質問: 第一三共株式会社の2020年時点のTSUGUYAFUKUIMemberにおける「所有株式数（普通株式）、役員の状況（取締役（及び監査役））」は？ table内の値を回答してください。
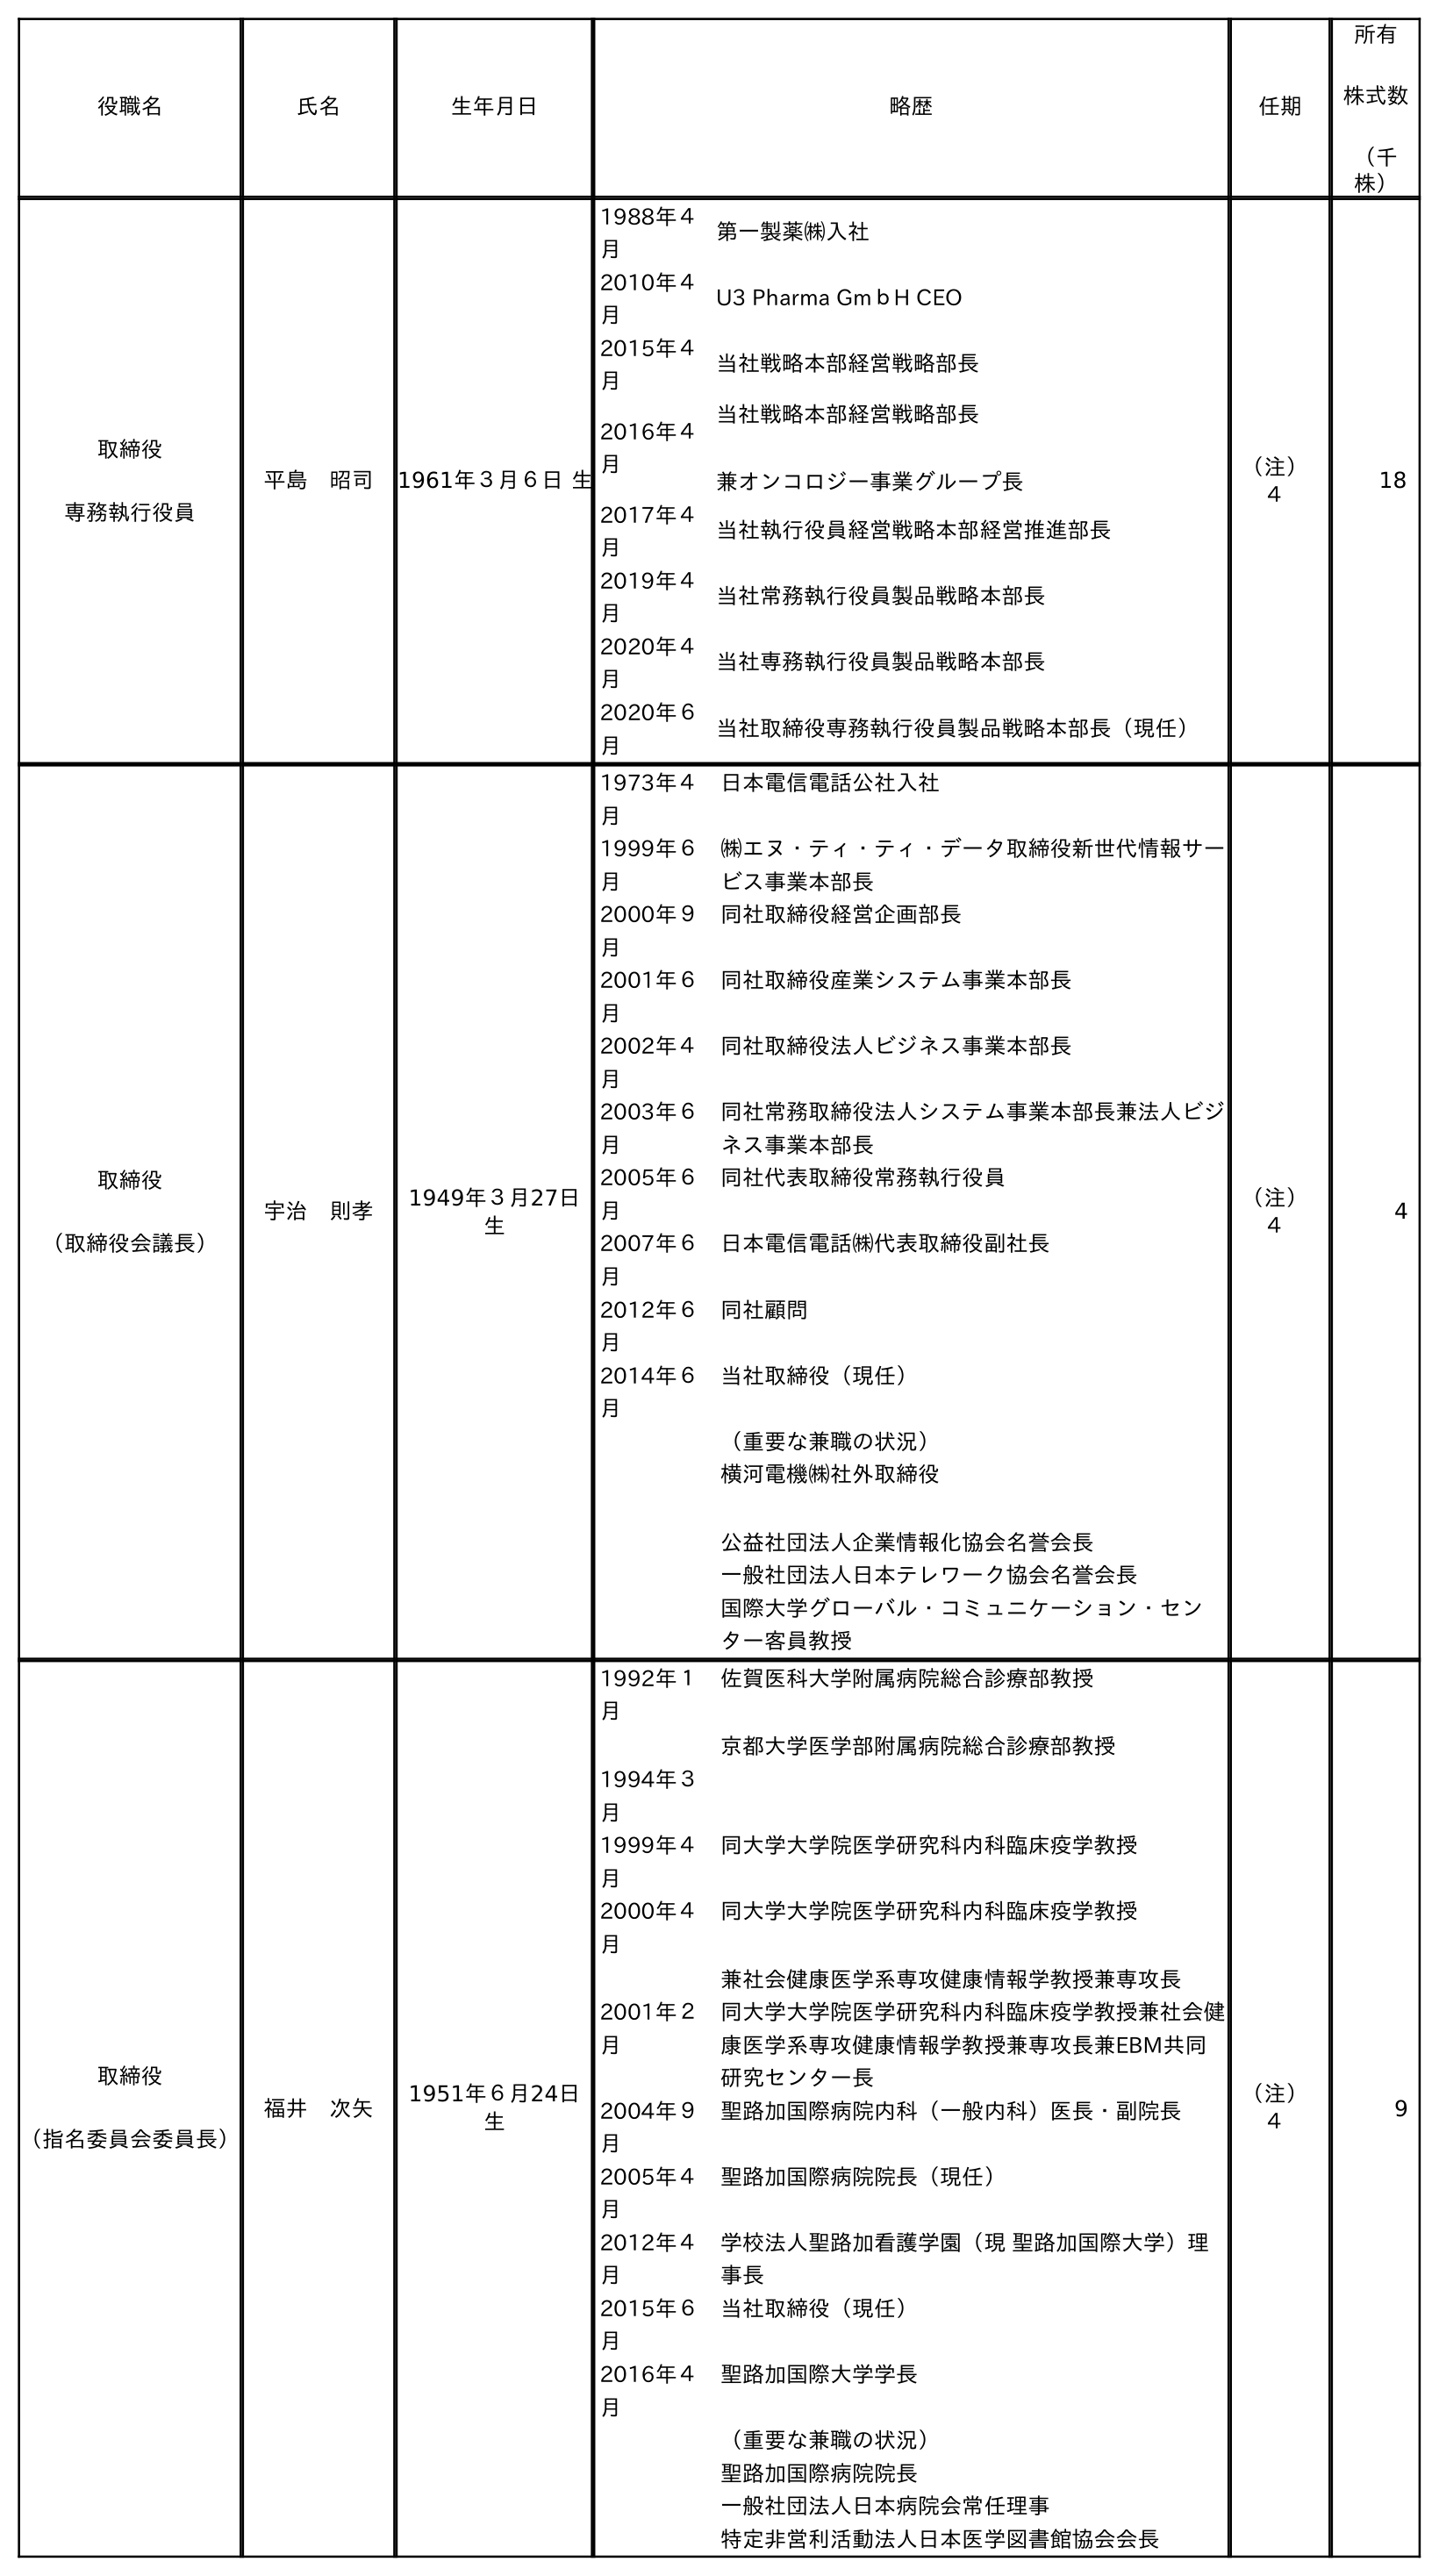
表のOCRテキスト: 役職名 氏名 生年月日 略歴 任期 所有 株式数 （千 株） 取締役 専務執行役員 平島 昭司 1961年３月６日 生 1988年４ 月 第一製薬㈱入社 2010年４ 月 U3 Pharma GmｂH CEO 2015年４ 月 当社戦略本部経営戦略部長 2016年４ 月 当社戦略本部経営戦略部長 兼オンコロジー事業グループ長 2017年４ 月 当社執行役員経営戦略本部経営推進部長 2019年４ 月 当社常務執行役員製品戦略本部長 2020年４ 月 当社専務執行役員製品戦略本部長 2020年６ 月 当社取締役専務執行役員製品戦略本部長（現任） （注） ４ 18 取締役 （取締役会議長） 宇治 則孝 1949年３月27日 生 1973年４ 月 日本電信電話公社入社 1999年６ 月 ㈱エヌ・ティ・ティ・データ取締役新世代情報サー ビス事業本部長 2000年９ 月 同社取締役経営企画部長 2001年６ 月 同社取締役産業システム事業本部長 2002年４ 月 同社取締役法人ビジネス事業本部長 2003年６ 月 同社常務取締役法人システム事業本部長兼法人ビジ ネス事業本部長 2005年６ 月 同社代表取締役常務執行役員 2007年６ 月 日本電信電話㈱代表取締役副社長 2012年６ 月 同社顧問 2014年６ 月 当社取締役（現任） （重要な兼職の状況） 横河電機㈱社外取締役 公益社団法人企業情報化協会名誉会長 一般社団法人日本テレワーク協会名誉会長 国際大学グローバル・コミュニケーション・セン ター客員教授 （注） ４ 4 取締役 （指名委員会委員長） 福井 次矢 1951年６月24日 生 1992年１ 月 1994年３ 月 佐賀医科大学附属病院総合診療部教授 京都大学医学部附属病院総合診療部教授 1999年４ 月 同大学大学院医学研究科内科臨床疫学教授 2000年４ 月 同大学大学院医学研究科内科臨床疫学教授 兼社会健康医学系専攻健康情報学教授兼専攻長 2001年２ 月 同大学大学院医学研究科内科臨床疫学教授兼社会健 康医学系専攻健康情報学教授兼専攻長兼EBM共同 研究センター長 2004年９ 月 聖路加国際病院内科（一般内科）医長・副院長 2005年４ 月 聖路加国際病院院長（現任） 2012年４ 月 学校法人聖路加看護学園（現 聖路加国際大学）理 事長 2015年６ 月 当社取締役（現任） 2016年４ 月 聖路加国際大学学長 （重要な兼職の状況） 聖路加国際病院院長 一般社団法人日本病院会常任理事 特定非営利活動法人日本医学図書館協会会長 （注） ４ 9
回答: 9